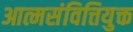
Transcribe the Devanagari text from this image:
आत्मसंवित्तियुक्त